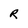
Character: R